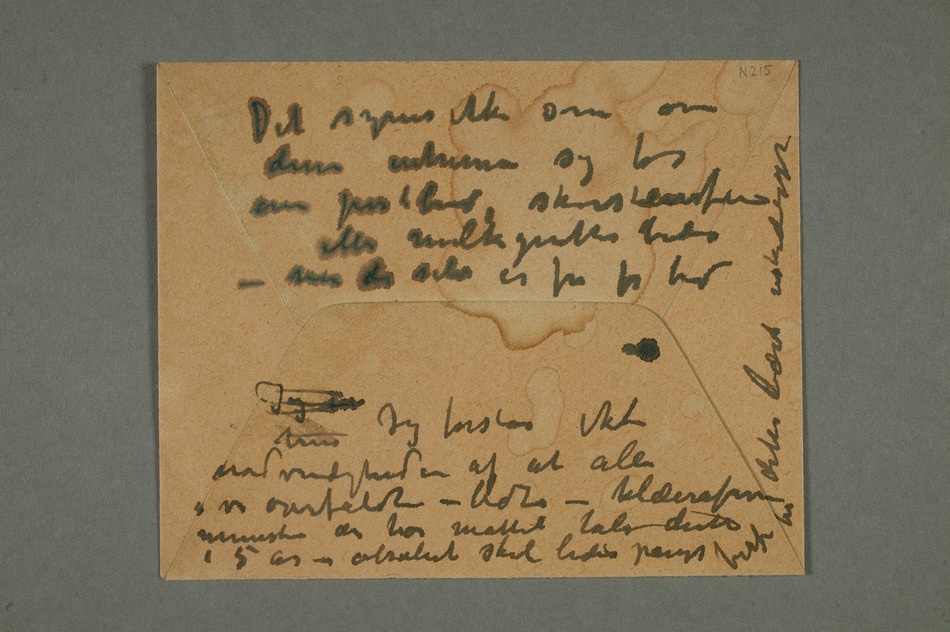
Det synes ikke som om
– men de selv er fra før bid Jeg hun
nødvendigheden af at alle vi overfaldte – bidte –
i 5 år – absolutt skal bides pånyt herfor må dette bæst uskadeligjøres